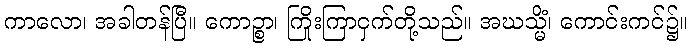
ကာလော၊ အခါတန်ပြီ။ ကောဉ္စာ၊ ကြိုးကြာငှက်တို့သည်။ အဃသ္မိံ၊ ကောင်းကင်၌။